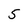
Character: 5